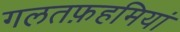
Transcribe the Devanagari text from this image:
गलतफ़हमियां